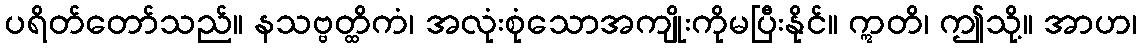
ပရိတ်တော်သည်။ နသဗ္ဗတ္ထိကံ၊ အလုံးစုံသောအကျိုးကိုမပြီးနိုင်။ ဣတိ၊ ဤသို့။ အာဟ၊